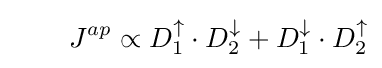
\qquad J^{ap}\propto D_{1}^{\uparrow }\cdot D_{2}^{\downarrow }+D_{1}^{\downarrow }\cdot D_{2}^{\uparrow }